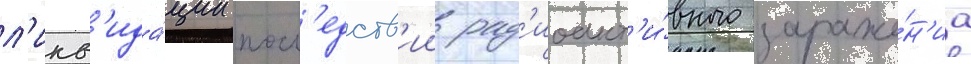
л'икв'ида́ции посл'едств'ии рад'иоакт'и́вного зараже́н'иа